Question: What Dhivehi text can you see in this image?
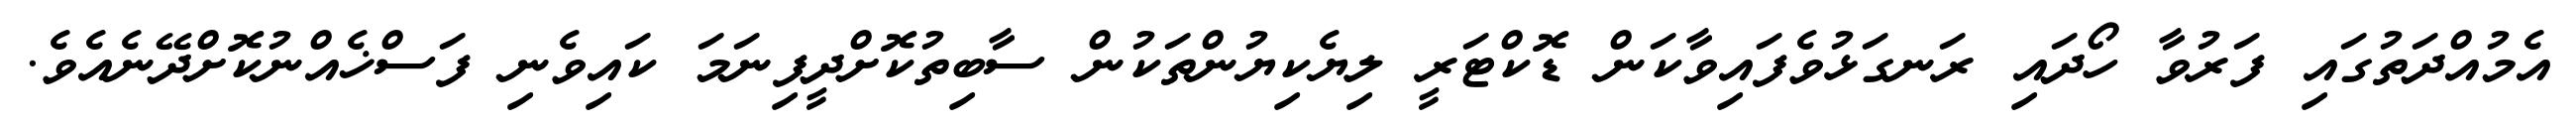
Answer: އެމުއްދަތުގައި ފަރުވާ ހޯދައި ރަނގަޅުވެފައިވާކަން ޑޮކްޓަރީ ލިޔެކިޔުންތަކުން ސާބިތުކޮށްދީފިނަމަ ކައިވެނި ފަސްޚެއްނުކޮށްދޭނެއެވެ.